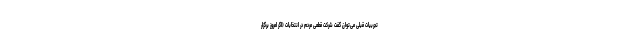
تجربیات قبلی می‌توان گفت شرکت قطعی مردم در انتخابات (اگر امروز برگزار